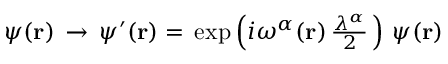
{ \psi } ( { \bf { r } } ) \, \rightarrow \, \psi ^ { \prime } ( { \bf { r } } ) = \, \exp \left( i \omega ^ { \alpha } ( { \bf { r } } ) \, { \textstyle \frac { \lambda ^ { \alpha } } { 2 } } \, \right) \, \psi ( { \bf { r } } ) \;